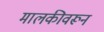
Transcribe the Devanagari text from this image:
मालकीवरून